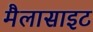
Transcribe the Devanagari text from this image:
मैलासाइट